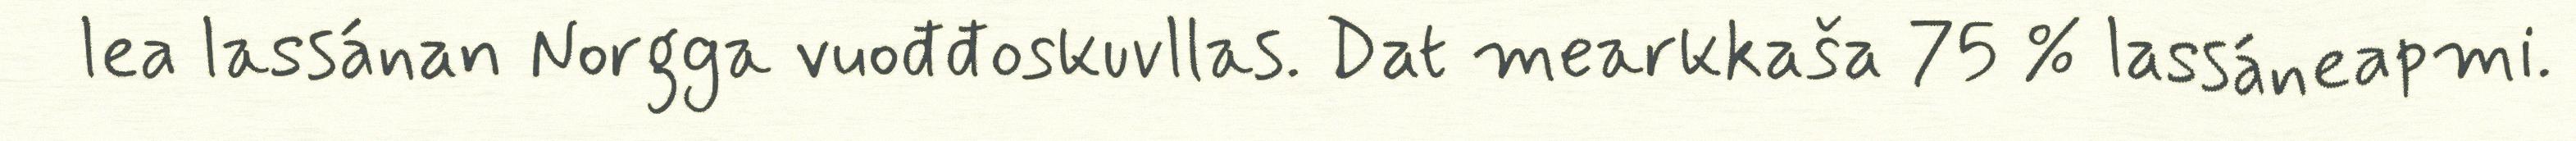
lea lassánan Norgga vuođđoskuvllas. Dat mearkkaša 75 % lassáneapmi.